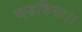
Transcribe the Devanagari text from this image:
जडधियः।।